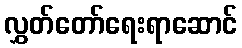
လွှတ်တော်ရေးရာဆောင်